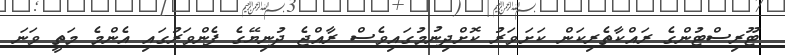
ޓޫރިސްޓުންގެ ރައްކާތެރިކަން ކަށަވަރު ކޮށްދިނުމުގައިވެސް ރާއްޖެ ދުނިޔޭގެ ފެންވަރުގައި އެންމެ މަތީ ވަނަ